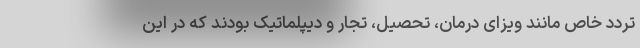
تردد خاص مانند ویزای درمان، تحصیل، تجار و دیپلماتیک بودند که در این